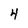
Character: 4